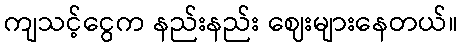
ကျသင့်ငွေက နည်းနည်း ဈေးများနေတယ်။